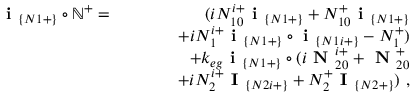
\begin{array} { r l r } { \textbf { i } _ { \{ N 1 + \} } \circ \mathbb { N } ^ { + } = } & { } & { ( i N _ { 1 0 } ^ { i + } \textbf { i } _ { \{ N 1 + \} } + N _ { 1 0 } ^ { + } \textbf { i } _ { \{ N 1 + \} } } \\ & { } & { ~ ~ ~ ~ ~ ~ + i N _ { 1 } ^ { i + } \textbf { i } _ { \{ N 1 + \} } \circ \textbf { i } _ { \{ N 1 i + \} } - N _ { 1 } ^ { + } ) } \\ & { } & { + k _ { e g } \textbf { i } _ { \{ N 1 + \} } \circ ( i \textbf { N } _ { 2 0 } ^ { i + } + \textbf { N } _ { 2 0 } ^ { + } } \\ & { } & { ~ ~ ~ ~ ~ ~ + i N _ { 2 } ^ { i + } \textbf { I } _ { \{ N 2 i + \} } + N _ { 2 } ^ { + } \textbf { I } _ { \{ N 2 + \} } ) ~ , } \end{array}